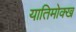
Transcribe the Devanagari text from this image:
यातिमोक्ख